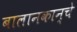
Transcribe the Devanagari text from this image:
बालानकान्चे